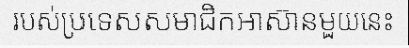
របស់ប្រទេសសមាជិកអាស៊ានមួយនេះ